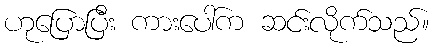
ဟုပြောပြီး ကားပေါ်က ဆင်းလိုက်သည်။